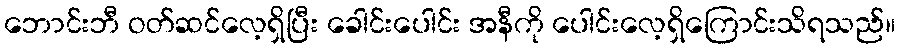
ဘောင်းဘီ ဝတ်ဆင်လေ့ရှိပြီး ခေါင်းပေါင်း အနီကို ပေါင်းလေ့ရှိကြောင်းသိရသည်။